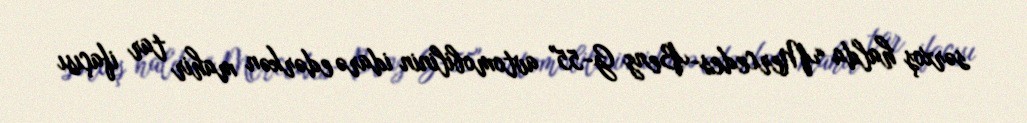
sərxoş halda “Mercedes-Benz G-55" avtomobilinin idarə edərkən mahir tar ifaçısı